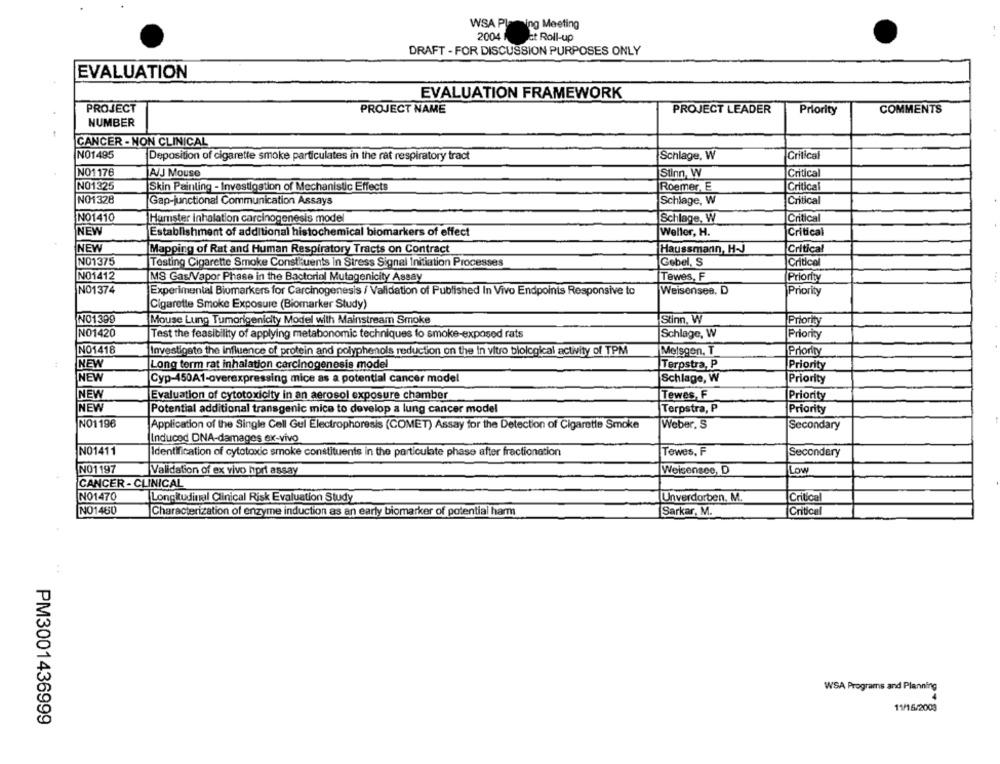
WSA Planning Meeting
2004
Et Roll-up
DRAFT - FOR DISCUSSION PURPOSES ONLY
EVALUATION
EVALUATION FRAMEWORK
PROJECT
PROJECT NAME
PROJECT LEADER
Priority
COMMENTS
NUMBER
CANCER - NON CLINICAL
N01495
Deposition of cigarette smoke particulates in the rat respiratory tract
Schlage, W
Critical
NO1176
A/J Mouse
Stinn, W
Critica
NO1325
Skin Painting - Investigation of Mechanistic Effects
Roemer, E
Critical
NO1328
Gap-junctional Communication Assays
Schlage, W
Critical
NO1410
Hamster inhalation carcinogenesis model
Schlage, W
Critical
NEW
Establishment of additional histochemical biomarkers of effect
Weller, H.
Critical
NEW
Mapping of Rat and Human Respiratory Tracts on Contract
Haussmann, H-J
Critical
NO1375
Testing Cigarette Smoke Construents in Stress Signal Initiation Processes
Gebel, S
Critico
NO1412
Tewes, F
MS Gas/Vapor Phase in the Bactorial Mutagenicity Assay
Priority
NO1374
Weisenses, D
Experimental Biomarkers for Carcinogenesis / Validation of Published In Vivo Endpoints Responsive to
Priority
Cigarette Smoke Exposure (Biomarker Study)
NO1399
Mouse Lung Tumorigenicity Model with Mainstream Smoke
Stinn, W
Priority
NO1420
Test the feasibility of applying metabonomic techniques to smoke-exposed rats
Schlage, W
Priority
NO1418
Investigate the influence of protein and polyphenols reduction on the in vitro biological activity of TPM
Melsgen, T
Priority
NEW
Long term rat inhalation carcinogenesis model
Terpstra, P
Priority
NEW
Cyp-450A1-overexpressing mice as a potential cancer model
Schlage, W
Priority
NEW
Evaluation of cytotoxicity in an aerosol exposure chamber
Tewes, F
Priority
NEW
Potential additional transgenic mice to develop a lung cancer model
Terpstra, P
Priority
NO1196
Application of the Single Cell Gul Electrophoresis (COMET) Assay for the Detection of Cigarette Smoke
Weber, S
Secondary
Induced DNA-damages ex-vivo
NO1411
Identification of cytotoxic smoke constituents in the particulate phase after fractionation
Tewes, F
Secondary
NO1197
Validation of ex vivo hort assay
Weisensee, D
Low
CANCER - CLINICAL
NO1470
Critical
Longitudinal Clinical Risk Evaluation Study
Unverdorben. M.
NO1460
Characterization of enzyme induction as an early biomarker of potential harm
Sarkar, M.
Critical
WSA Programs and Planning
11/15/2003
PM3001436999